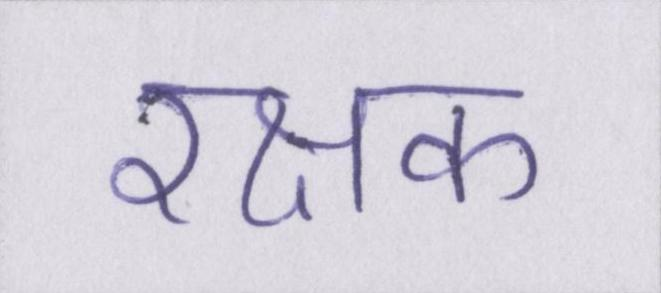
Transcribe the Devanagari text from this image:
रक्षक